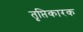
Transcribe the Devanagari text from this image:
तृप्तिकारक